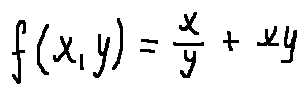
f ( x , y ) = \frac { x } { y } + x y